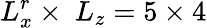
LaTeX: L_{x}^{r}\times\ L_{z}=5\times 4